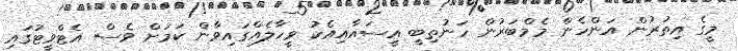
މީގެ އިތުރުން އަންހެން މެމްބަރުން ހަނުތިބީ އީސައާއިއެކު ވީހާލެއްގައިވާން ކަމަށް ވެސް އެޓްވީޓުގައި